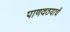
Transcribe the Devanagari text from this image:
पाणवठयाचें